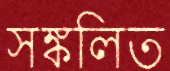
সঙ্কলিত